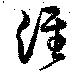
涇